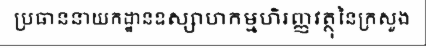
ប្រធាននាយកដ្ឋានឧស្សាហកម្មហិរញ្ញវត្ថុនៃក្រសួង